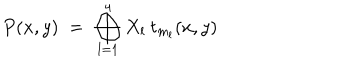
P ( x , y ) \; = \; \bigoplus _ { l = 1 } ^ { 4 } X _ { l } \: t _ { m _ { l } } ( x , y )